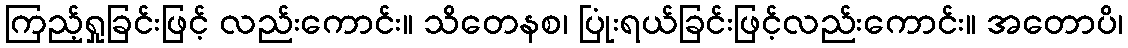
ကြည့်ရှုခြင်းဖြင့် လည်းကောင်း။ သိတေနစ၊ ပြုံးရယ်ခြင်းဖြင့်လည်းကောင်း။ အတောပိ၊